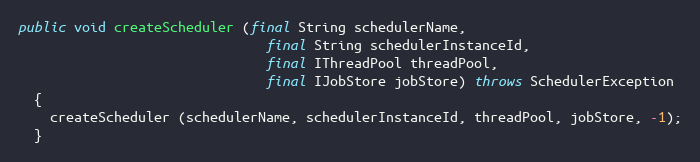
Language: Java
public void createScheduler (final String schedulerName,
                               final String schedulerInstanceId,
                               final IThreadPool threadPool,
                               final IJobStore jobStore) throws SchedulerException
  {
    createScheduler (schedulerName, schedulerInstanceId, threadPool, jobStore, -1);
  }